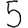
Digit: 5